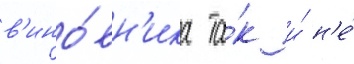
в'ино́вн'ика та́к и́ н'е́